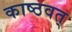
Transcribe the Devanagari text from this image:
काष्ठवत्